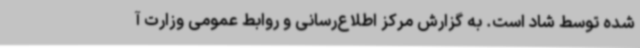
شده توسط شاد است. به گزارش مرکز اطلاع‌رسانی و روابط عمومی وزارت آ